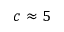
c \approx 5